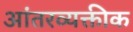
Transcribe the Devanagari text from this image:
आंतरव्यक्तीक